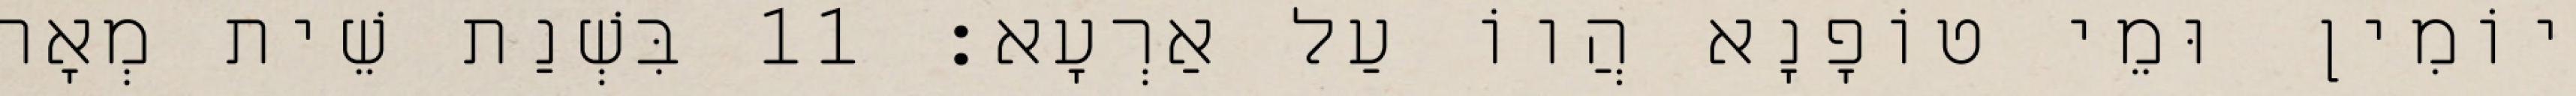
יוֹמִין וּמֵי טוֹפָנָא הֲווֹ עַל אַרְעָא׃ 11 בִּשְׁנַת שֵׁית מְאָה